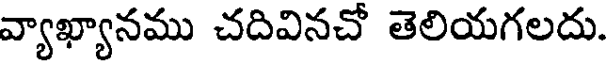
వ్యాఖ్యానము చదివినచో తెలియగలదు.